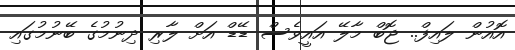
އޮއުން ލައިފް.. ޖޮބް މާލޭ އައީވެސް ޑޭޑް އަށް ލާރި ދިނުމުގެ ބޭނުމުގައި